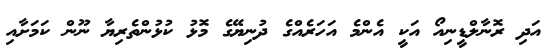
އަދި ރޮނާލްޑީނިއޯ އަކީ އެންމެ އަހަރެއްގެ ދުނިޔޭގެ މޮޅު ކުޅުންތެރިޔާ ނޫން ކަމަށާއި